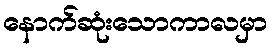
နောက်ဆုံးသောကာလမှာ